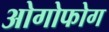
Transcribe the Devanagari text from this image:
ओगोफोग